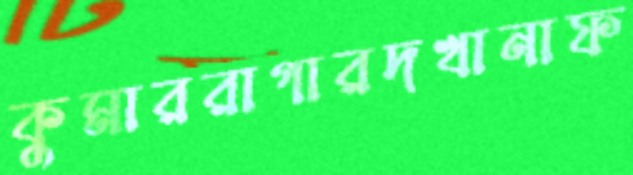
কুমাররাগারদখানাফ